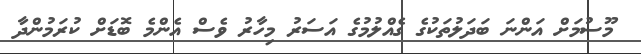
މޫސުމަށް އަންނަ ބަދަލުތަކުގެ ގެއްލުމުގެ އަސަރު މިހާރު ވެސް އެންމެ ބޮޑަށް ކުރަމުންދާ